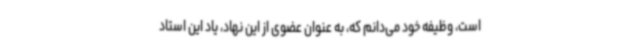
است، وظیفه خود می‌دانم که، به عنوان عضوی از این نهاد، یاد این استاد